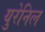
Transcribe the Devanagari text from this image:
युरेनिल